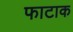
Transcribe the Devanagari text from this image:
फाटाक